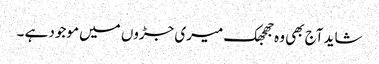
شاید آج بھی وہ جھجھک میری جڑوں میں موجود ہے ۔